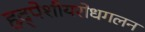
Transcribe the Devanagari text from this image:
हृद्‌पेशीयरोधगलन